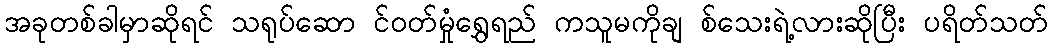
အခုတစ်ခါမှာဆိုရင် သရုပ်ဆော င်ဝတ်မှုံရွှေရည် ကသူမကိုချ စ်သေးရဲ့လားဆိုပြီး ပရိတ်သတ်